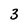
Character: 3